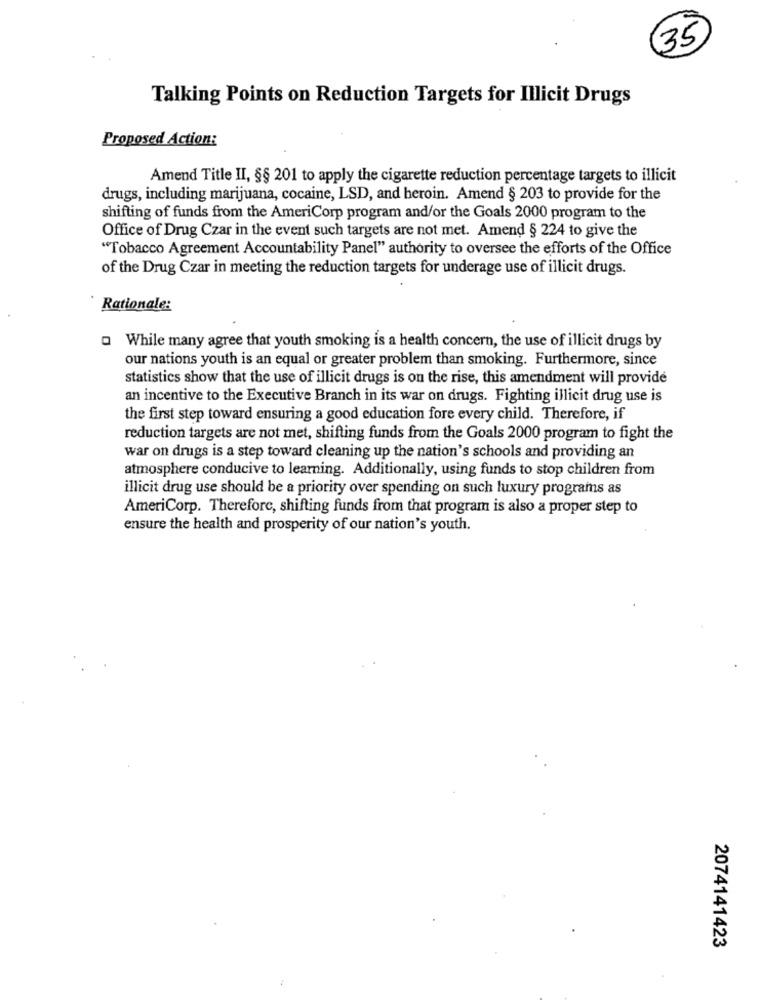
35
Talking Points on Reduction Targets for Illicit Drugs
Proposed Action:
Amend Title II, §§ 201 to apply the cigarette reduction percentage targets to illicit
drugs, including marijuana, cocaine, LSD, and heroin. Amend § 203 to provide for the
shifting of funds from the AmeriCorp program and/or the Goals 2000 program to the
Office of Drug Czar in the event such targets are not met. Amend § 224 to give the
"Tobacco Agreement Accountability Panel" authority to oversee the efforts of the Office
of the Drug Czar in meeting the reduction targets for underage use of illicit drugs.
Rationale:
Q While many agree that youth smoking is a health concern, the use of illicit drugs by
our nations youth is an equal or greater problem than smoking. Furthermore, since
statistics show that the use of illicit drugs is on the rise, this amendment will provide
an incentive to the Executive Branch in its war on drugs. Fighting illicit drug use is
the first step toward ensuring a good education fore every child. Therefore, if
reduction targets are not met, shifting funds from the Goals 2000 program to fight the
war on drugs is a step toward cleaning up the nation's schools and providing an
atmosphere conducive to learning. Additionally, using funds to stop children from
illicit drug use should be a priority over spending on such luxury programs as
AmeriCorp. Therefore, shifting funds from that program is also a proper step to
ensure the health and prosperity of our nation's youth.
2074141423